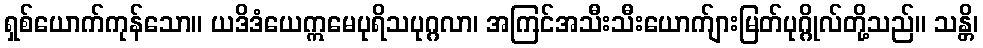
ရှစ်ယောက်ကုန်သော။ ယဒိဒံယေဣမေပုရိသပုဂ္ဂလာ၊ အကြင်အသီးသီးယောက်ျားမြတ်ပုဂ္ဂိုလ်တို့သည်။ သန္တိ၊